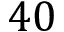
4 0